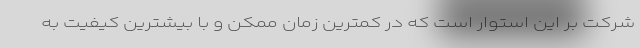
شرکت بر این استوار است که در کمترین زمان ممکن و با بیشترین کیفیت به